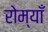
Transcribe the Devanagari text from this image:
रोम्याँ